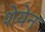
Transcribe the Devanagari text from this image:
शेयेन